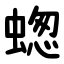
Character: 䗓